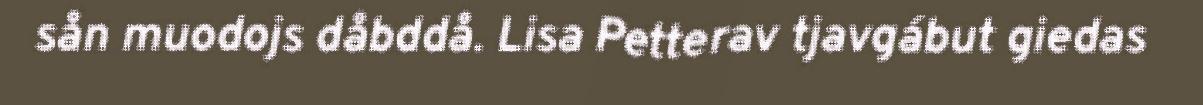
sån muodojs dåbddå. Lisa Petterav tjavgábut giedas